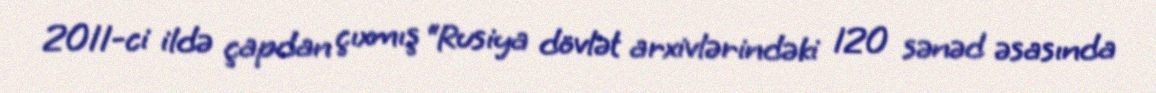
2011-ci ildə çapdan çıxmış “Rusiya dövlət arxivlərindəki 120 sənəd əsasında